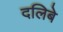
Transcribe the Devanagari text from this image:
दलिबे